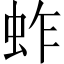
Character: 蚱